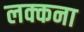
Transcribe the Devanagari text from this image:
लक्कना